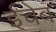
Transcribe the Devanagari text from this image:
ईचेब